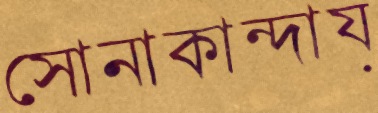
সোনাকান্দায়